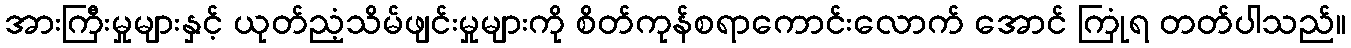
အားကြီးမှုများနှင့် ယုတ်ညံ့သိမ်ဖျင်းမှုများကို စိတ်ကုန်စရာကောင်းလောက် အောင် ကြုံရ တတ်ပါသည်။